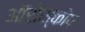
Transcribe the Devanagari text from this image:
ऑरोस्कोप